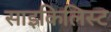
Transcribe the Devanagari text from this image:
साइकिलिस्ट